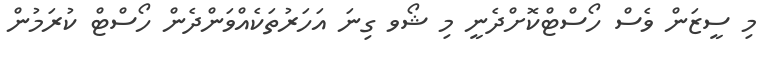
މި ސީޒަން ވެސް ހޯސްޓްކޮށްދެނީ މި ޝޯވ ގިނަ އަހަރުތަކެއްވަންދެން ހޯސްޓް ކުރަމުން